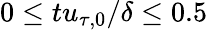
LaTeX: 0\leq tu_{\tau,0}/\delta\leq 0.5